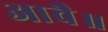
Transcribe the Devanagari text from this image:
आवै॥